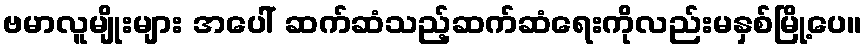
ဗမာလူမျိုးများ အပေါ် ဆက်ဆံသည့်ဆက်ဆံရေးကိုလည်းမနှစ်မြို့ပေ။